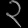
Digit: ၃